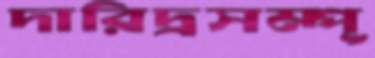
দারিদ্রসম্পূ